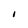
Character: I